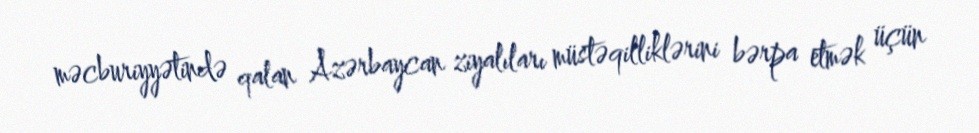
məcburiyyətində qalan Azərbaycan ziyalıları müstəqilliklərini bərpa etmək üçün